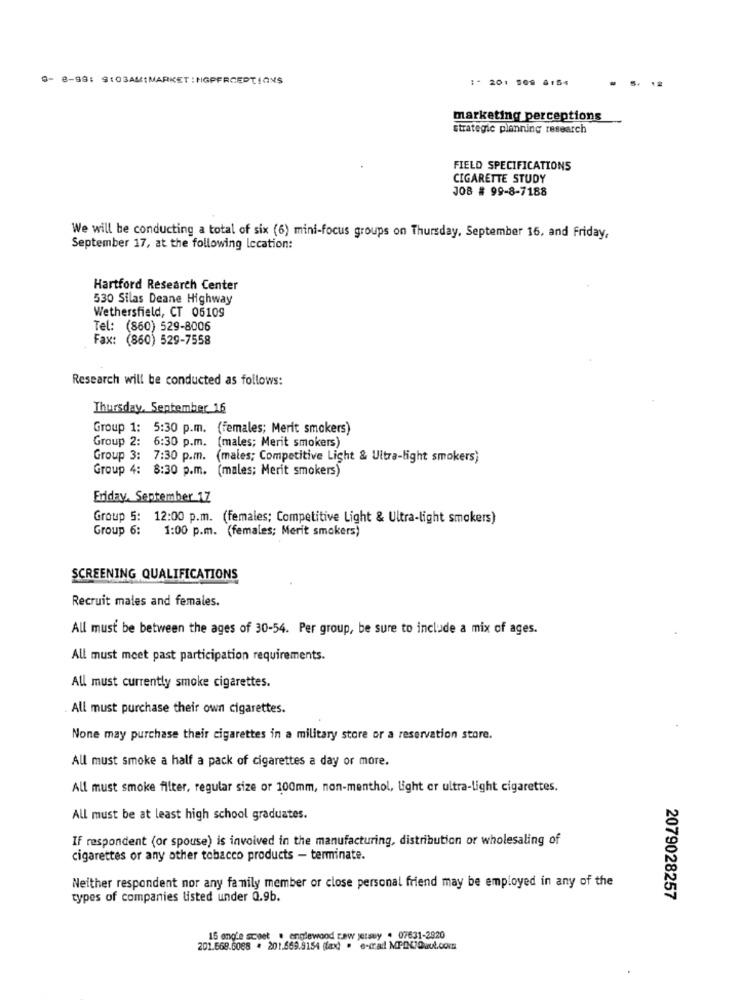
0- 8-98: 9:03AM:MARKET :HGPERCEPTIONS
:* 20: 509 @154
marketing perceptions
strategic planning research
FIELD SPECIFICATIONS
CIGARETTE STUDY
JOB # 99-8-7188
We will be conducting a total of six (6) mini-focus groups on Thursday, September 16, and Friday,
September 17, at the following location:
Hartford Research Center
530 Silas Deane Highway
Wethersfield, CT 05109
Tel: (860) 529-8006
Fax: (860) 529-7558
Research will be conducted as follows:
Thursday, September 16
Group 1: 5:30 p.m. (females; Merit smokers)
Group 2: 6:30 p.m. (males; Merit smokers)
Group 3: 7:30 p.m.
(males; Competitive Light & Ultra-light smokers)
Group 4: 8:30 p.m.
(males; Merit smokers)
Friday, September 17
Group 5: 12:00 p.m. (females; Competitive Light & Ultra-light smokers)
Group 6:
1:00 p.m. (females; Merit smokers)
SCREENING QUALIFICATIONS
Recruit males and females.
All must be between the ages of 30-54. Per group, be sure to include a mix of ages.
All must meet past participation requirements.
All must currently smoke cigarettes.
All must purchase their own cigarettes.
None may purchase their cigarettes in a military store or a reservation store.
All must smoke a half a pack of cigarettes a day or more.
All must smoke filter, regular size or 100mm, non-menthol, light er ultra-light cigarettes.
All must be at least high school graduates.
If respondent (or spouse) is involved in the manufacturing, distribution or wholesaling of
cigarettes or any other tobacco products - terminate.
Neither respondent nor any family member or close personal friend may be employed in any of the
types of companies listed under 0.9b.
2079028257
15 ong'e scoet . englewood caw jersey . 07631-2920
201.669.6088 . 201.669.9154 (fax) . e-mail MPDC)Quul.com